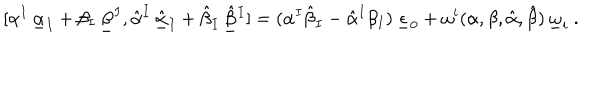
[ \alpha ^ { I } \, \underline { { { \alpha } } } _ { I } + \beta _ { I } \, \underline { { { \beta } } } ^ { I } , \hat { \alpha } ^ { I } \, \underline { { { \hat { \alpha } } } } _ { I } + \hat { \beta } _ { I } \, \underline { { { \hat { \beta } } } } { } ^ { I } ] = ( \alpha ^ { I } \hat { \beta } _ { I } - \hat { \alpha } ^ { I } \beta _ { I } ) \, \underline { { { \epsilon } } } _ { 0 } + \omega ^ { i } ( \alpha , \beta , \hat { \alpha } , \hat { \beta } ) \, \underline { { { \omega } } } _ { i } \ .